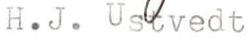
H.J. Ustvedt